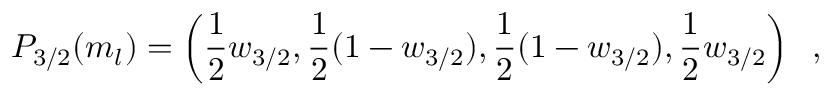
P _ { 3 / 2 } ( m _ { l } ) = \left( { \frac { 1 } { 2 } } w _ { 3 / 2 } , { \frac { 1 } { 2 } } ( 1 - w _ { 3 / 2 } ) , { \frac { 1 } { 2 } } ( 1 - w _ { 3 / 2 } ) , { \frac { 1 } { 2 } } w _ { 3 / 2 } \right) \; \; ,